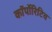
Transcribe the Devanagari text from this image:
कॉर्पोरिटिव